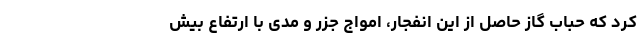
کرد که حباب گاز حاصل از این انفجار، امواج جزر و مدی با ارتفاع بیش